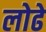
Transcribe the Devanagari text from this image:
लोढे